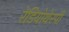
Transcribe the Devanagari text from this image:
रेडियोथेरपी